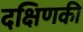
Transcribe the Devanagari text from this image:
दक्षिणकी